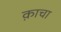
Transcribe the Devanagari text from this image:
क़ाचा